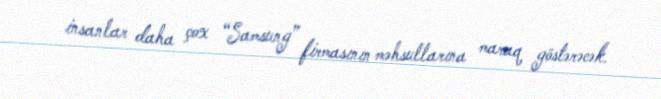
insanlar daha çox “Samsung” firmasının məhsullarına maraq göstərəcək.